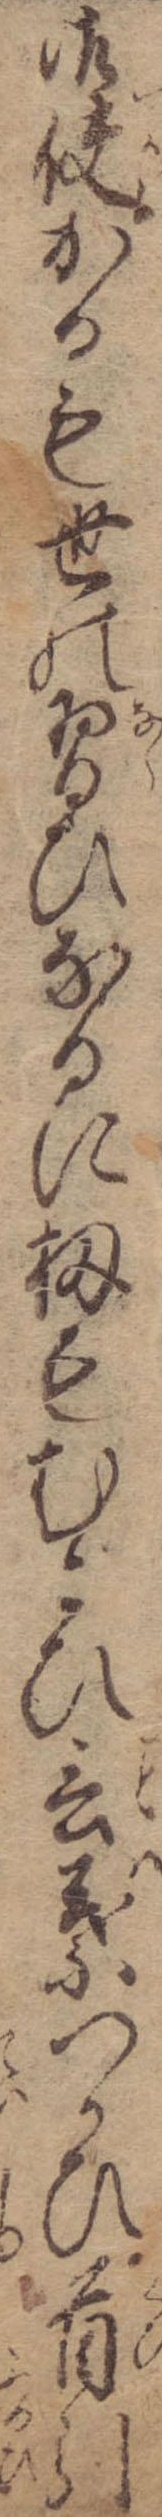
御使かるも世の習ひなるに扨もむごひ言葉つかひ首引